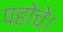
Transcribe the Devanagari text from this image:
पहोचे।